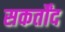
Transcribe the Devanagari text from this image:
सकर्तोंद